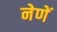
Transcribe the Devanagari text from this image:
नेणें